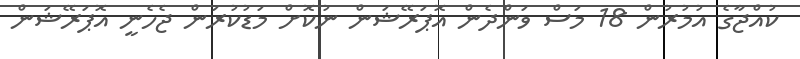
ކުއްޖާގެ އުމުރުން 18 މަސް ވަންދެން އޮޕަރޭޝަން ނުކޮށް މަޑުކުރަން ޖެހެނީ އޮޕަރޭޝަން